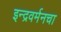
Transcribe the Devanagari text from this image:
इन्द्रवर्मनचा